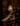
و